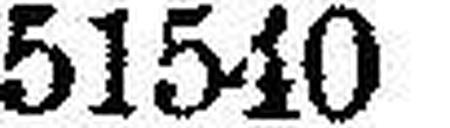
51540